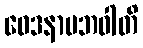
ဝေဒနာပဘဝါတိ